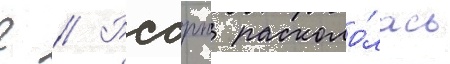
г // Рсдрп расколо́лась